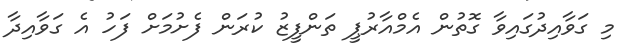
މި ގަވާއިދުގައިވާ ގޮތުން އެމްއާރުޕީ ތަންފީޒު ކުރަން ފެށުމަށް ފަހު އެ ގަވާއިދާ